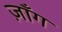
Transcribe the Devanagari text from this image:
ज़ाँग